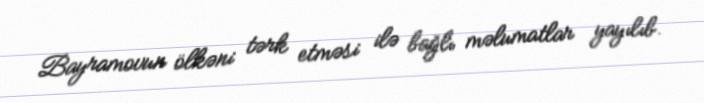
Bayramovun ölkəni tərk etməsi ilə bağlı məlumatlar yayılıb.